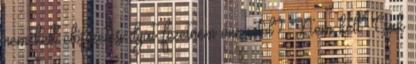
nem kell előfizetési díjat fizetnem onnantól? Nem kell. Csak